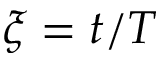
\xi = t / T